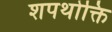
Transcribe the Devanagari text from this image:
शपथोक्ति